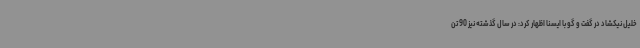
خلیل نیکشاد در گفت و گو با ایسنا اظهار کرد: در سال گذشته نیز 90 تن